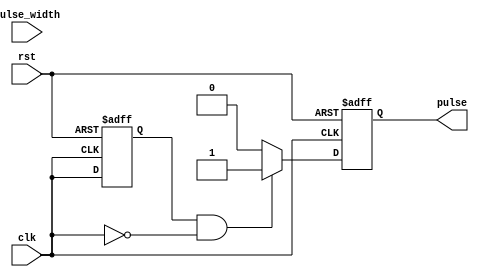
module falling_edge_pulse_generator (
  input wire clk,
  input wire rst,
  input wire [7:0] pulse_width, // 8-bit pulse width parameter
  output reg pulse
);

reg last_clk;

always @(posedge clk or posedge rst) begin
  if (rst) begin
    pulse <= 0;
    last_clk <= 0;
  end else begin
    if (last_clk && !clk) begin
      pulse <= 1;
    end else begin
      pulse <= 0;
    end
    last_clk <= clk;
  end
end

endmodule